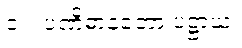
၁။  ပဏိဓာနတော ပဋ္ဌာယ၊